Mental hospitals Bombay report 1929-33 - 1929-1933
Year: 1929
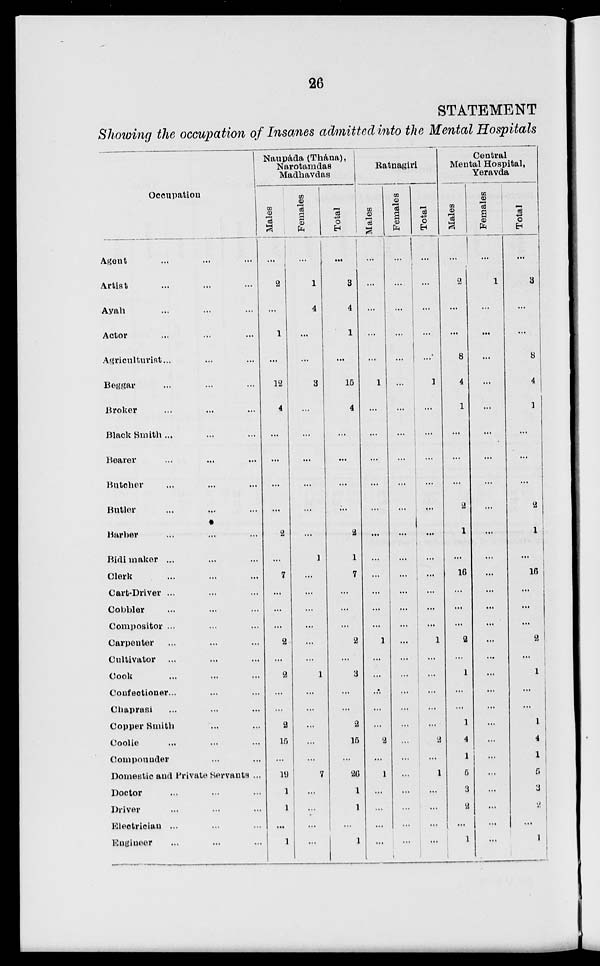
26
STATEMENT
Showing the occupation of insanes admitted into the Mental Hospitals
Occupation
Agent ... ... ...
Artist ... ... ...
Ayah ... ... ...
Actor ... ... ...
Agriculturist ... ... ...
Beggar ... ... ...
Broker ... ... ...
Black Smith ... ... ...
Bearer ... ... ...
Butcher ... ... ...
Butler ... ... ...
Barber ... ... ...
Bidi maker ... ... ...
Clerk ... ... ...
Cart-Driver ... ... ...
Cobbler ... ... ...
Compositor ... ... ... ...
Carpenter ... ... ...
Cultivator ... ... ...
Cook ... ... ...
Confectioner ... ... ...
Chaprasi ... ... ...
Copper Smith ... ... ...
Coolie ... ... ...
Compounder ... ... ...
Domestic and Private Servants ...
Doctor ... ... ...
Driver ... ... ...
Electrician ... ... ...
Engineer ... ... ...
Naupáda (Thána),
Narotamdas
Madhavdas
Males
...
2
...
1
...
12
4
...
...
...
...
2
...
7
...
...
...
2
...
2
...
...
2
15
...
19
l
1
...
l
Females
...
1
4
...
...
3
...
...
...
...
...
...
1
...
...
...
...
...
...
1
...
...
...
...
...
7
...
...
...
...
Total
...
3
4
1
....
15
4
...
...
...
...
2
1
7
...
...
...
2
...
3
...
...
2
15
...
26
1
1
...
1
Ratnagiri
Males
...
...
...
...
...
1
...
...
...
...
...
...
...
...
...
...
...
1
...
...
...
...
...
2
...
1
...
...
...
...
Females
...
...
...
...
...
...
...
...
...
...
...
...
...
...
...
...
...
...
...
...
...
...
...
...
...
...
...
...
...
...
Total
...
...
...
...
...
1
...
...
...
...
...
...
...
...
...
...
...
1
...
...
...
...
...
2
...
1
...
...
...
...
Central
Mental Hospital,
Yeravda
Males
...
2
...
...
8
4
1
...
...
...
2
1
...
16
...
...
...
2
...
1
...
...
1
4
1
5
3
2
...
1
Females
...
1
...
...
...
...
...
...
...
...
...
...
...
...
...
...
...
...
...
...
...
...
...
...
...
...
...
...
...
...
Total
...
3
...
...
8
4
1
...
...
...
2
1
...
16
...
...
...
2
...
1
...
...
1
4
1
5
3
2
...
1